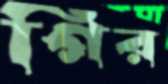
গির